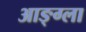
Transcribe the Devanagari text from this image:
आङ्ग्ला